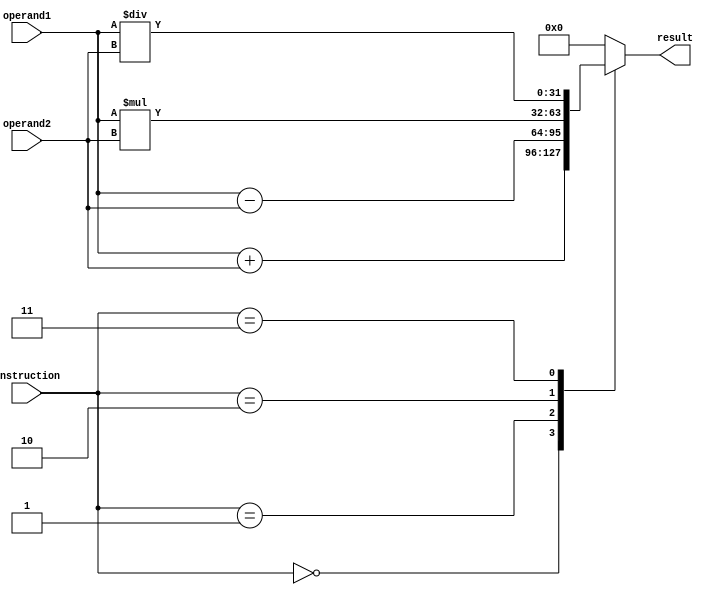
module Complex_ALU (
    input wire [31:0] operand1,
    input wire [31:0] operand2,
    input wire [3:0] instruction,
    output reg [31:0] result
);

// Register files for storing intermediate results
reg [31:0] adder_result;
reg [31:0] subtractor_result;
reg [31:0] multiplier_result;
reg [31:0] divider_result;

// Arithmetic units
always @* begin
    case(instruction)
        4'b0000: result = operand1 + operand2; // Adder
        4'b0001: result = operand1 - operand2; // Subtractor
        4'b0010: result = operand1 * operand2; // Multiplier
        4'b0011: result = operand1 / operand2; // Divider
        default: result = 32'b0; // Default case
    endcase
end

endmodule